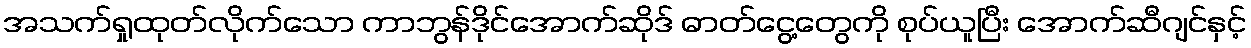
အသက်ရှုထုတ်လိုက်သော ကာဘွန်ဒိုင်အောက်ဆိုဒ် ဓာတ်ငွေ့တွေကို စုပ်ယူပြီး အောက်ဆီဂျင်နှင့်